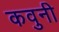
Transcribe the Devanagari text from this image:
कवुनी